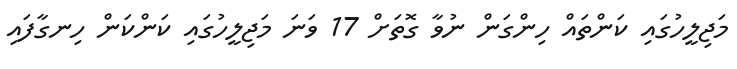
މަޖިލީހުގައި ކަންތައް ހިންގަން ނުވާ ގޮތަށް 17 ވަނަ މަޖިލީހުގައި ކަންކަން ހިނގާފައި